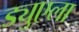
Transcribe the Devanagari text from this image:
ड्युएला